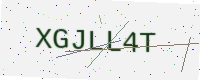
Text: XGJLL4T